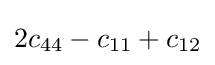
2c_{44}-c_{11}+c_{12}